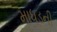
માધડની